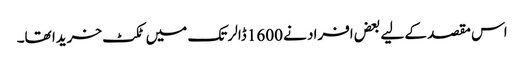
اس مقصد کے لیے بعض افراد نے 1600 ڈالر تک میں ٹکٹ خریدا تھا۔